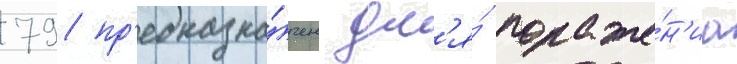
79 пр'едназна́чен дл'я́ пораже́н'иа